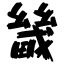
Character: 畿